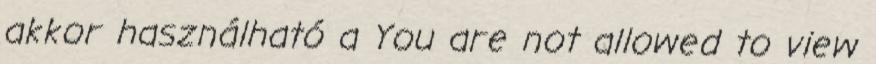
akkor használható a You are not allowed to view